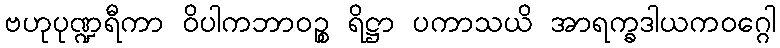
ဗဟုပုဏ္ဍရီကာ ဝိပါကဘာဝဉ္စ ရိဋ္ဌာ ပကာသယိ အာရက္ခဒါယကဝဂ္ဂေါ